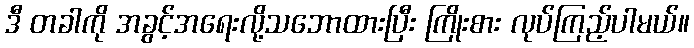
ဒီ တခါကို အခွင့်အရေးလို့သဘောထားပြီး ကြိုးစား လုပ်ကြည့်ပါမယ်။